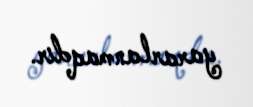
yararlanmaqdır.